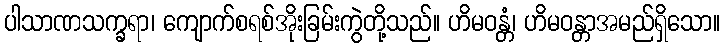
ပါသာဏသက္ခရာ၊ ကျောက်စရစ်အိုးခြမ်းကွဲတို့သည်။ ဟိမဝန္တံ၊ ဟိမဝန္တာအမည်ရှိသော။